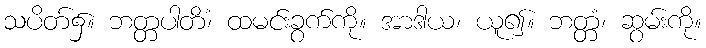
သပိတ်၌။ ဘတ္တပါတိံ၊ ထမင်းခွက်ကို။ အာဒါယ၊ ယူ၍။ ဘတ္တံ၊ ဆွမ်းကို။